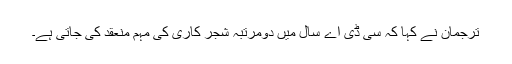
ترجمان نے کہا کہ سی ڈی اے سال میں دومرتبہ شجر کاری کی مہم منعقد کی جاتی ہے۔